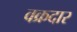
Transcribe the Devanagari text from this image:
वक्रदार